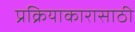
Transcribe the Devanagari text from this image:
प्रक्रियाकारासाठी